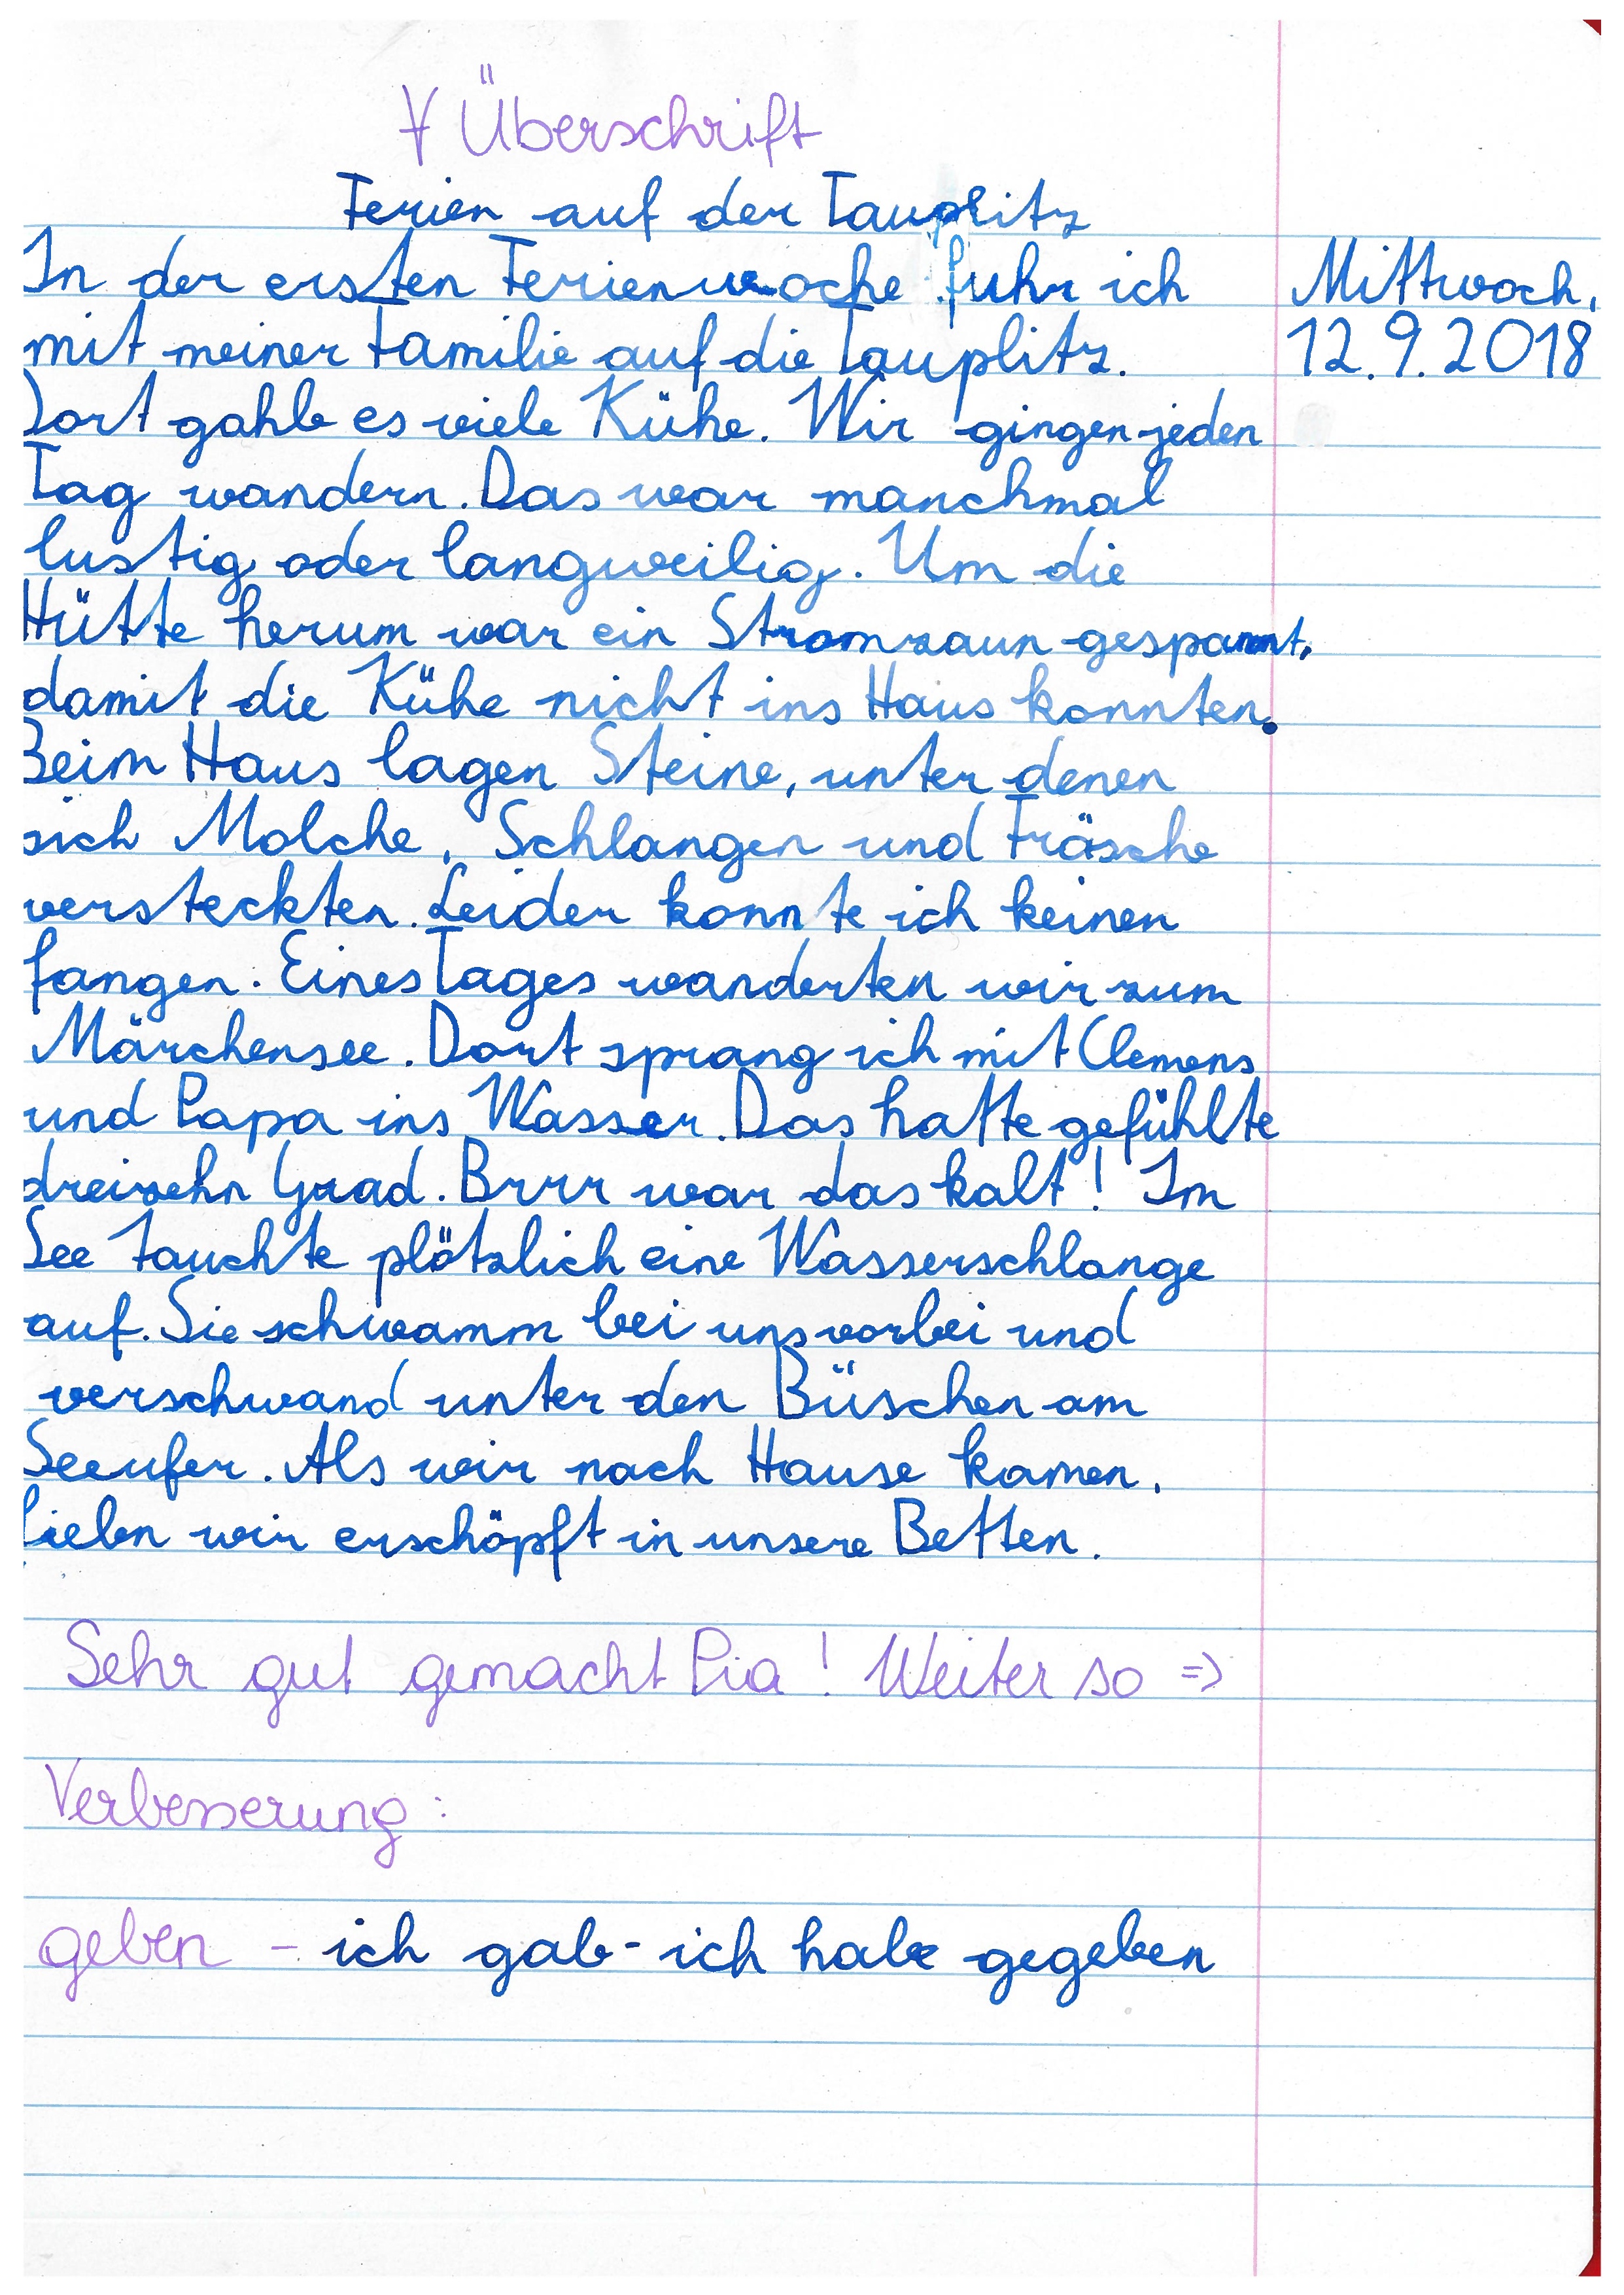
Überschrift
Fernen auf der Tangkitz
In der eisten Fernenmorhe fuhn ich
mit meiner Familie auf die räuplitz.
Tart gahle es viele Kühe. Wir gingen jeden
Tag wandern. Das war manchmal
lustia oder Langweilio. Um die
Hütte herum war ein Stromkann gespannt.
damit die Kühe nicht ins Haus konnten
Zeim Haus lagen Steine, unter denen
sich Molche. Schlangen und Mrasche
versteckten Leiden könnte ich keinen
fangen: EinesTages warderten wir zum
Maschensee. Dont sprang ich mit Clemens
und Papa ins Wassen. Das hatte gefühlte
dreisehr Gaad. Brir wear das kalt! Im
Dee Fauchte glötzlich eine Wasserschlange
auf. Die schwamm bei uns vorber und
verschwand unter den Buschen am
geeufen. Als nein nach Hause kamen.
selen wen enschöpft in unsere Betten.
Sehr gut gemacht Pia ! Weiter so 53
Verbenerung:
geben – ich gab - ich hale gegeben

Mittwoch.
1292018